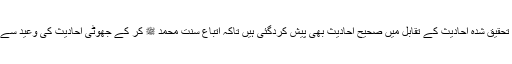
ان دس جھوٹی تحقیق شدہ احادیث کے تقابل میں صحیح احادیث بھی پیش کردگئی ہیں تاکہ اتباع سنت محمد ﷺ کر کے جھوٹی احادیث کی وعید سے بچا جاسکے ۔